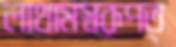
লাথামস্বরূপত্